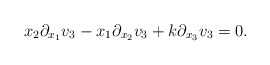
\begin{align*}x_2\partial_{x_1}v_3-x_1\partial_{x_2}v_3+k\partial_{x_3}v_3=0.\end{align*}